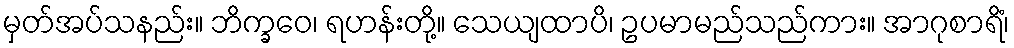
မှတ်အပ်သနည်း။ ဘိက္ခဝေ၊ ရဟန်းတို့။ သေယျထာပိ၊ ဥပမာမည်သည်ကား။ အာဂုစာရိံ၊